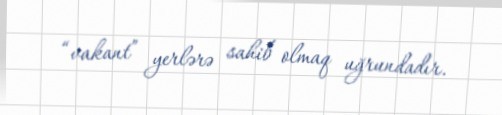
“vakant” yerlərə sahib olmaq uğrundadır.